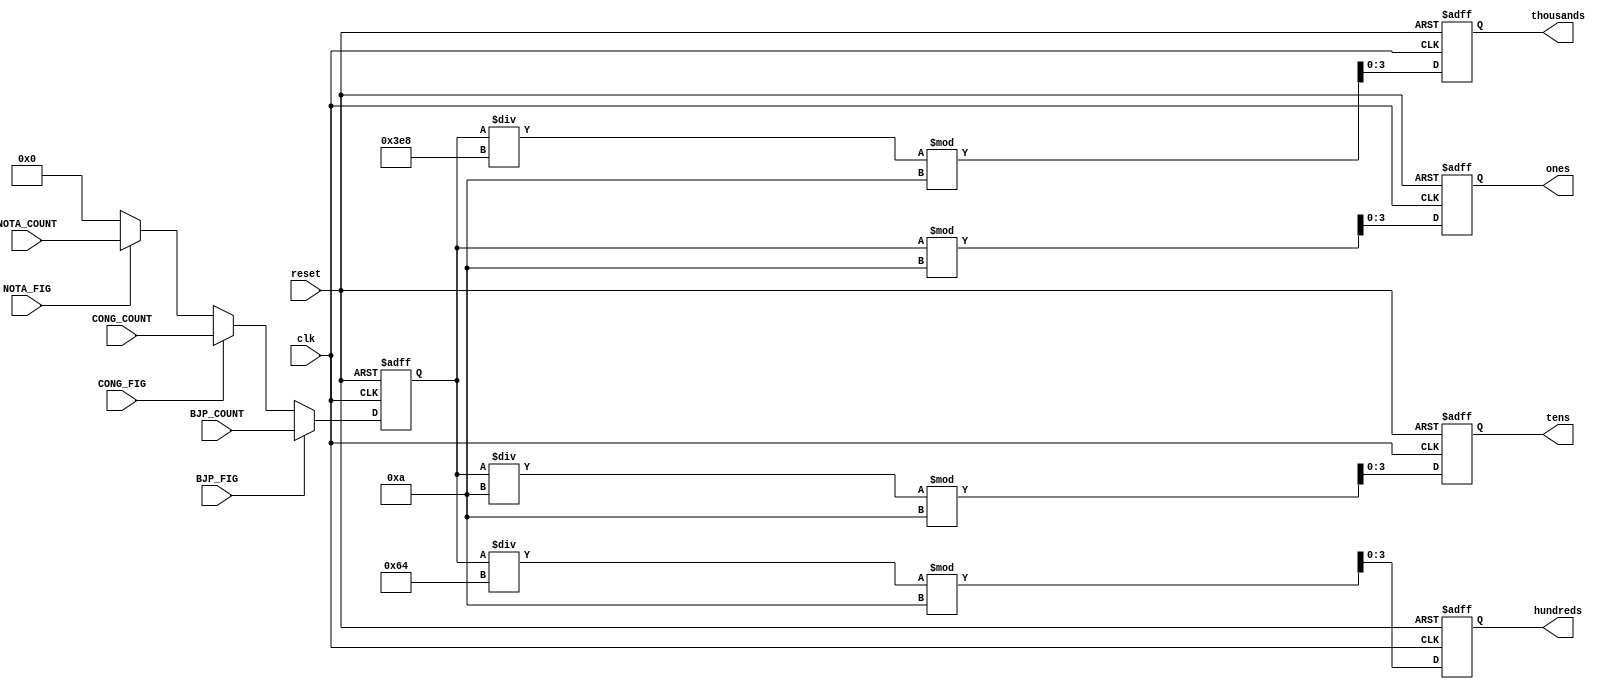
`timescale 1ns / 1ps
module digits(input clk,reset,BJP_FIG,CONG_FIG,NOTA_FIG,input [9:0] BJP_COUNT,NOTA_COUNT,CONG_COUNT,output reg [3:0] ones,tens,hundreds,thousands);

reg [9:0] temp_count = 0;

always @(posedge clk or posedge reset) begin
    if (reset) begin
        ones <= 0;
        tens <= 0;
        hundreds <= 0;
        thousands <= 0;
        temp_count<=0;
    end else begin
        if (BJP_FIG) begin
            temp_count <= BJP_COUNT;
        end else if (CONG_FIG) begin
            temp_count <= CONG_COUNT;
        end else if (NOTA_FIG) begin
            temp_count <= NOTA_COUNT;
        end else begin
            temp_count <= 0;
        end

        ones <= temp_count % 10;
        tens <= (temp_count / 10) % 10;
        hundreds <= (temp_count / 100) % 10;
        thousands <= (temp_count / 1000) % 10;
    end
end

endmodule